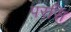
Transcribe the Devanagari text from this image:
परसि